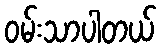
ဝမ်းသာပါတယ်